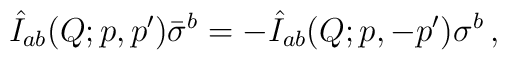
\hat I_{ab}(Q;p,p^\prime) \bar \sigma^b =       - \hat I_{ab}(Q;p,-p^\prime)  \sigma^b \, ,